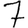
Digit: 7